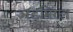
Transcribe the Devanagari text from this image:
अडमिरल